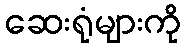
ဆေးရုံများကို